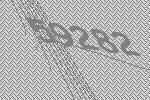
59282